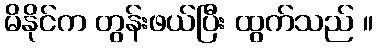
မိနိုင်က တွန်းဖယ်ပြီး ထွက်သည် ။